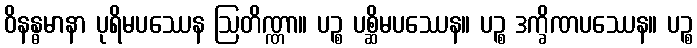
ဝိနန္ဓမာနာ ပုရိမပဿေန ဩတိဏ္ဏာ။ ပဉ္စ ပစ္ဆိမပဿေန။ ပဉ္စ ဒက္ခိဏပဿေန။ ပဉ္စ